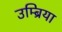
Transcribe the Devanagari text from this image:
उम्ब्रिया